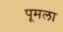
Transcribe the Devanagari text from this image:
पूमला